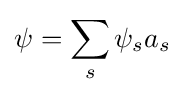
\psi =\sum _{s}\psi _{s}a_{s}